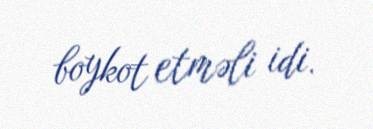
boykot etməli idi.